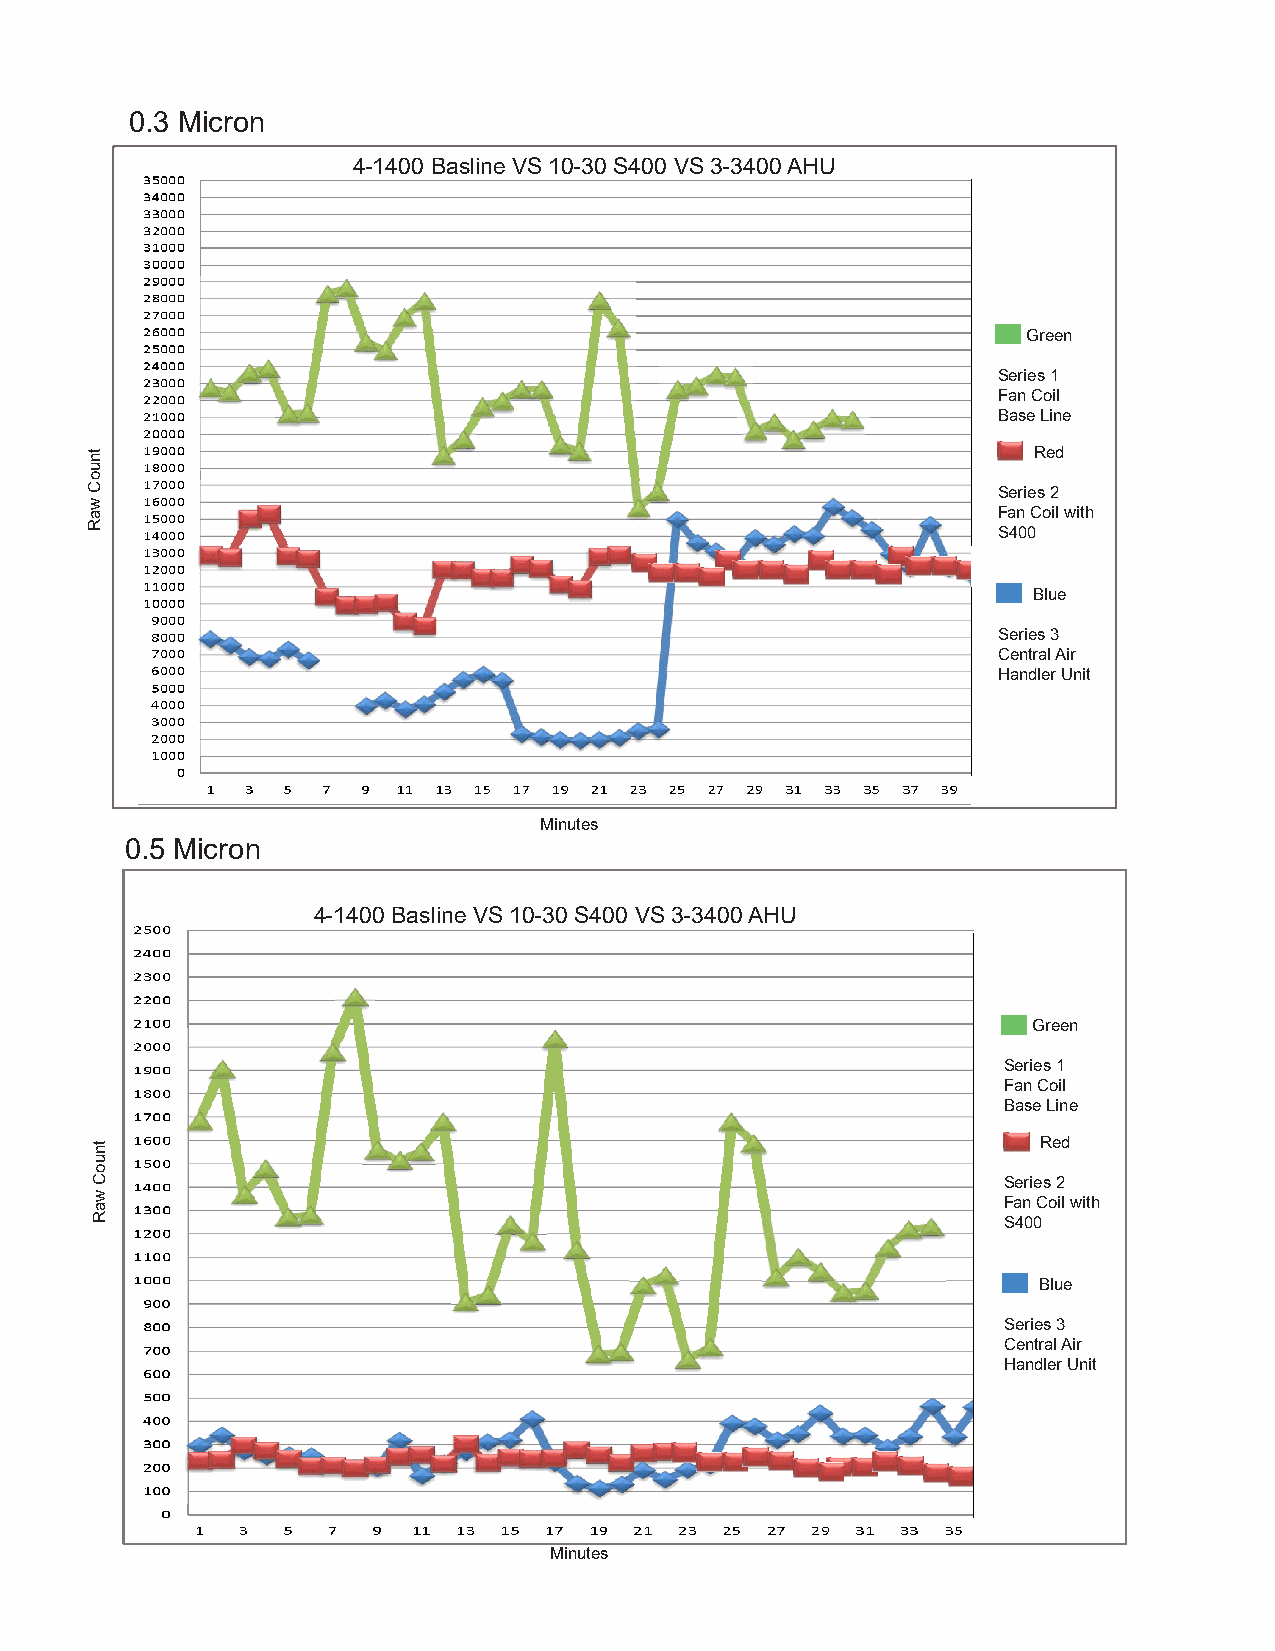
0.3 Micron
 4-1400 Basline VS 10-30 S400 VS 3-3400 AHU
 Green
 Series 1
 Fan Coil
 Base Line
 Red
 Series 2
 Fan Coil with
 S400
 Blue
 Series 3
 Central Air
 Handler Unit
 Minutes
 0.5 Micron
 4-1400 Basline VS 10-30 S400 VS 3-3400 AHU
 Green
 Series 1
 Fan Coil
 Base Line
 Red
 Series 2
 Fan Coil with
 S400
 Blue
 Series 3
 Central Air
 Handler Unit
 Minutes
 tnuoC
 waR
 tnuoC
 waR